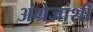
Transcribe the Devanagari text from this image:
अंग्रेजांशी